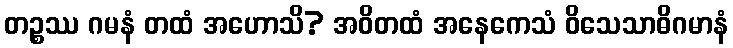
တဉ္စဿ ဂမနံ တထံ အဟောသိ? အဝိတထံ အနေကေသံ ဝိသေသာဓိဂမာနံ